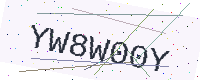
Text: YW8W00Y